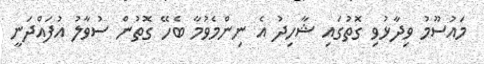
މައުސޫމު ވިދާޅުވި ގޮތުގައި ޝާހިދު އެ ނިންމެވުމާ ބެހޭ ގޮތުން ސުވާލު އުފައްދަނީ